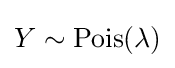
Y\sim \operatorname {Pois} (\lambda )